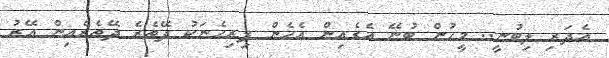
އެދަރި ލިބުނީ.. މީހުން ބުނޭ އެގެއިން އެހެން ފިރިހެނަކު ދޭތެރެ ދޭތެރެއިން އޭރު